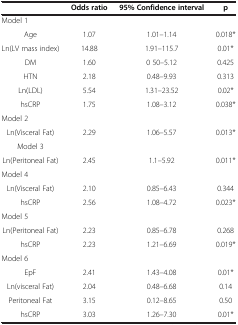
<table><thead><tr><td><b> </b></td><td><b>Odds ratio</b></td><td><b>95% Confidence interval</b></td><td><b>p</b></td></tr></thead><tbody><tr><td>Model 1</td><td> </td><td> </td><td> </td></tr><tr><td>Age</td><td>1.07</td><td>1.01–1.14</td><td>0.018*</td></tr><tr><td>Ln(LV mass index)</td><td>14.88</td><td>1.91–115.7</td><td>0.01*</td></tr><tr><td>DM</td><td>1.60</td><td>0 50–5.12</td><td>0.425</td></tr><tr><td>HTN</td><td>2.18</td><td>0.48–9.93</td><td>0.313</td></tr><tr><td>Ln(LDL)</td><td>5.54</td><td>1.31–23.52</td><td>0.02*</td></tr><tr><td>hsCRP</td><td>1.75</td><td>1.08–3.12</td><td>0.038*</td></tr><tr><td>Model 2</td><td> </td><td> </td><td> </td></tr><tr><td>Ln(Visceral Fat)</td><td>2.29</td><td>1.06–5.57</td><td>0.013*</td></tr><tr><td>Model 3</td><td> </td><td> </td><td> </td></tr><tr><td>Ln(Peritoneal Fat)</td><td>2.45</td><td>1.1–5.92</td><td>0.011*</td></tr><tr><td>Model 4</td><td> </td><td> </td><td> </td></tr><tr><td>Ln(Visceral Fat)</td><td>2.10</td><td>0.85–6.43</td><td>0.344</td></tr><tr><td>hsCRP</td><td>2.56</td><td>1.08–4.72</td><td>0.023*</td></tr><tr><td>Model 5</td><td> </td><td> </td><td> </td></tr><tr><td>Ln(Peritoneal Fat)</td><td>2.23</td><td>0.85–6.78</td><td>0.268</td></tr><tr><td>hsCRP</td><td>2.23</td><td>1.21–6.69</td><td>0.019*</td></tr><tr><td>Model 6</td><td> </td><td> </td><td> </td></tr><tr><td>EpF</td><td>2.41</td><td>1.43–4.08</td><td>0.01*</td></tr><tr><td>Ln(visceral Fat)</td><td>2.04</td><td>0.48–6.68</td><td>0.14</td></tr><tr><td>Peritoneal Fat</td><td>3.15</td><td>0.12–8.65</td><td>0.50</td></tr><tr><td>hsCRP</td><td>3.03</td><td>1.26–7.30</td><td>0.01*</td></tr></tbody></table>